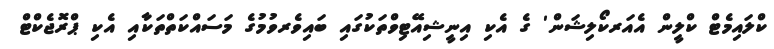
ކްލައިމެޓް ކްލީން އެއަރކޯލިޝަން' ގެ އެކި އިނީޝިއޭޓިވްތަކުގައި ބައިވެރވުމުގެ މަސައްކަތްތަކާއި އެކި ޕްރޮޖެކްޓް